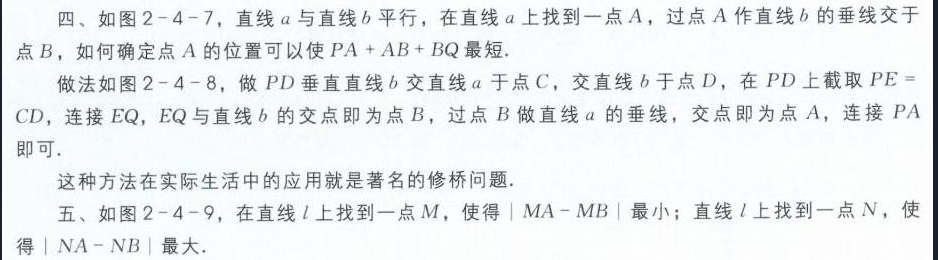
四、如图2 - 4 - 7，直线\(a\)与直线\(b\)平行，在直线\(a\)上找到一点\(A\)，过点\(A\)作直线\(b\)的垂线交于点\(B\)，如何确定点\(A\)的位置可以使\(PA + AB+BQ\)最短.
做法如图2 - 4 - 8，做\(PD\)垂直直线\(b\)交直线\(a\)于点\(C\)，交直线\(b\)于点\(D\)，在\(PD\)上截取\(PE = CD\)，连接\(EQ\)，\(EQ\)与直线\(b\)的交点即为点\(B\)，过点\(B\)做直线\(a\)的垂线，交点即为点\(A\)，连接\(PA\)即可.
这种方法在实际生活中的应用就是著名的修桥问题.
五、如图2 - 4 - 9，在直线\(l\)上找到一点\(M\)，使得\(\vert MA - MB\vert\)最小；直线\(l\)上找到一点\(N\)，使得\(\vert NA - NB\vert\)最大.